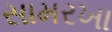
સામરખા